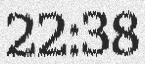
22:38